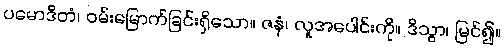
ပမောဒိတံ၊ ဝမ်းမြောက်ခြင်းရှိသော။ ဇနံ၊ လူအပေါင်းကို။ ဒိသွာ၊ မြင်၍။